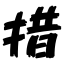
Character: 措